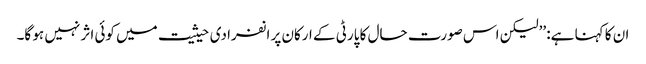
ان کا کہنا ہے: ’’لیکن اس صورت حال کا پارٹی کے ارکان پر انفرادی حیثیت میں کوئی اثر نہیں ہو گا۔